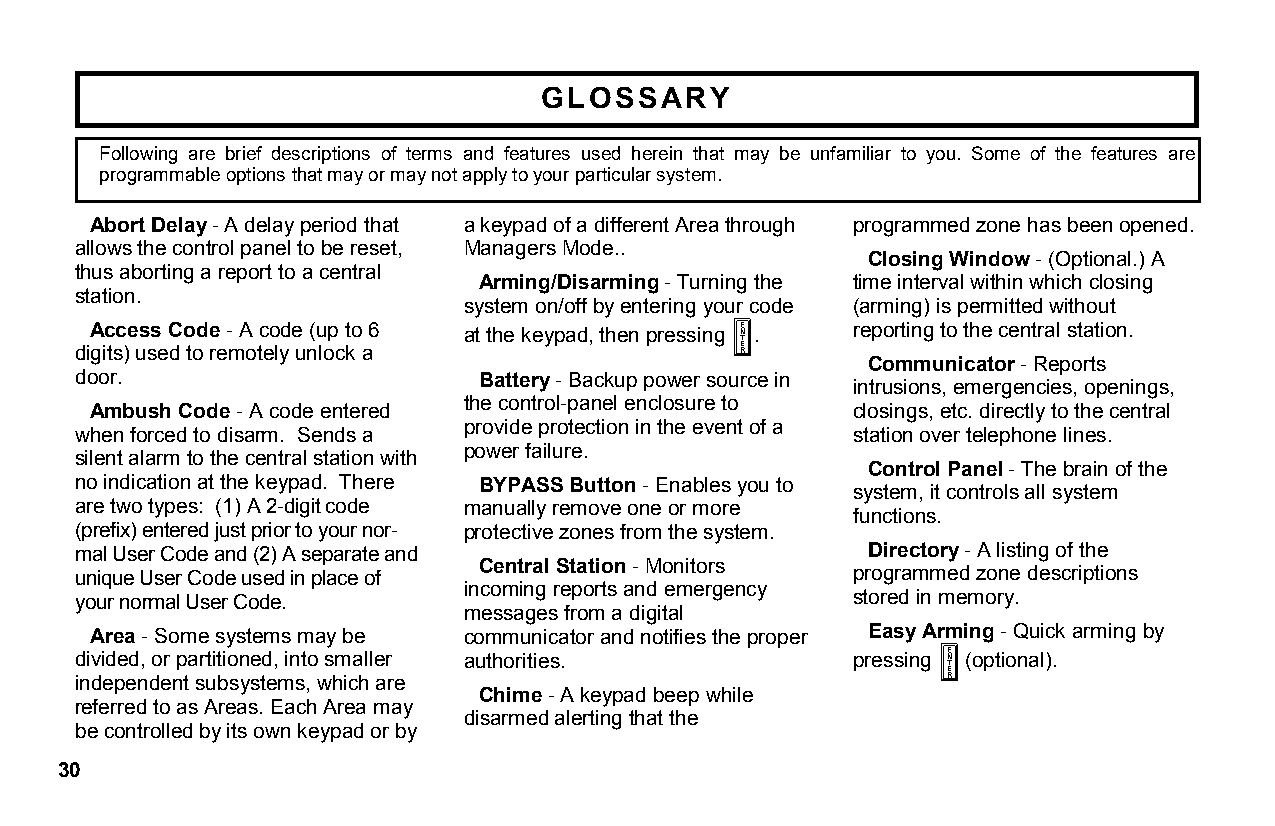
GLOSSARY
 Following are brief descriptions of terms and features used herein that may be unfamiliar to you. Some of the features are
 programmable options that may or may not apply to your particular system.
 Abort Delay - A delay period that a keypad of a different Area through programmed zone has been opened.
 allows the control panel to be reset, Managers Mode..
 Closing Window - (Optional.) A
 thus aborting a report to a central
 Arming/Disarming - Turning the time interval within which closing
 station.
 system on/off by entering your code (arming) is permitted without
 Access Code - A code (up to 6 at the keypad, then pressing . reporting to the central station.
 U
 digits) used to remotely unlock a
 Communicator - Reports
 door.                      Battery - Backup power source in
 intrusions, emergencies, openings,
 the control-panel enclosure to
 Ambush Code - A code entered                       closings, etc. directly to the central
 provide protection in the event of a
 when forced to disarm. Sends a                      station over telephone lines.
 silent alarm to the central station with
 power failure.
 Control Panel - The brain of the
 no indication at the keypad. There BYPASS Button - Enables you to
 system, it controls all system
 are two types: (1) A 2-digit code manually remove one or more
 functions.
 (prefix) entered just prior to your nor- protective zones from the system.
 mal User Code and (2) A separate and                 Directory - A listing of the
 Central Station - Monitors
 unique User Code used in place of                   programmed zone descriptions
 incoming reports and emergency
 your normal User Code.                              stored in memory.
 messages from a digital
 Area - Some systems may be communicator and notifies the proper Easy Arming - Quick arming by
 divided, or partitioned, into smaller authorities.  pressing U (optional).
 independent subsystems, which are
 Chime - A keypad beep while
 referred to as Areas. Each Area may
 disarmed alerting that the
 be controlled by its own keypad or by
 30